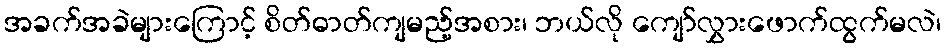
အခက်အခဲများကြောင့် စိတ်ဓာတ်ကျမည့်အစား၊ ဘယ်လို ကျော်လွှားဖောက်ထွက်မလဲ၊